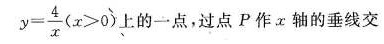
$$y = \frac { 4 } { x } ( x > 0 )$$上的一点，过点P作x轴的垂线交